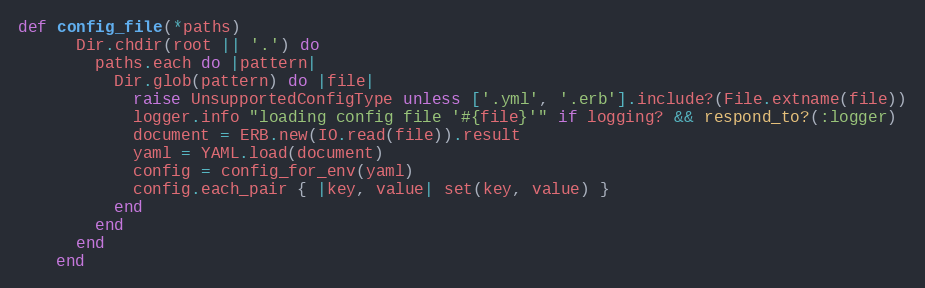
Language: Ruby
def config_file(*paths)
      Dir.chdir(root || '.') do
        paths.each do |pattern|
          Dir.glob(pattern) do |file|
            raise UnsupportedConfigType unless ['.yml', '.erb'].include?(File.extname(file))
            logger.info "loading config file '#{file}'" if logging? && respond_to?(:logger)
            document = ERB.new(IO.read(file)).result
            yaml = YAML.load(document)
            config = config_for_env(yaml)
            config.each_pair { |key, value| set(key, value) }
          end
        end
      end
    end